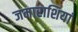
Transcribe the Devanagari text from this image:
जमाराशियां